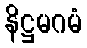
နိဋ္ဌမဂမံ